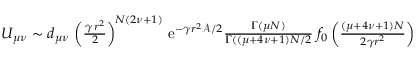
\begin{array} { r } { U _ { \mu \nu } \sim d _ { \mu \nu } \, \left( { \frac { \gamma \, r ^ { 2 } } { 2 } } \right) ^ { N ( 2 \nu + 1 ) } \, \mathrm { e } ^ { - \gamma r ^ { 2 } { \mathcal A } / 2 } { \frac { \Gamma ( \mu N ) } { \Gamma ( ( \mu + 4 \nu + 1 ) N / 2 } } \; f _ { 0 } \left( \frac { ( \mu + 4 \nu + 1 ) N } { 2 \gamma r ^ { 2 } } \right) } \end{array}